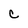
Character: c